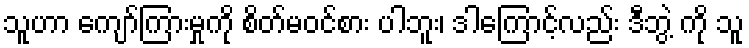
သူဟာ ကျော်ကြားမှုကို စိတ်မဝင်စား ပါဘူး၊ ဒါကြောင့်လည်း ဒီဘွဲ့ ကို သူ